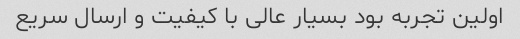
اولین تجربه بود بسیار عالی با کیفیت و ارسال سریع